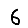
Digit: 6